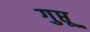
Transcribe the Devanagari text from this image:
गुप्तू